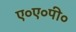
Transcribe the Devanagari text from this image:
ए०ए०पी०